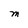
Character: M